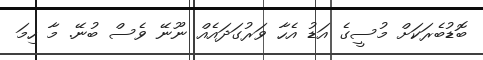
ބޮޑުބެރަކަށް މުސީގެ އަޑު އެހާ ވަރުގަދައެއް ނޫނޭ ވެސް ބުނޭ. މާ ހިމަ